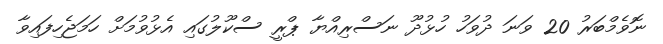
ނޮވެމްބަރު 20 ވަނަ ދުވަހު ހުޅުދޫ ނަސްރިއްޔާ ޕްރީ ސްކޫލުގައި އެޅުވުމަށް ހަމަޖެހިފައިވާ